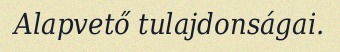
Alapvető tulajdonságai.